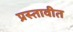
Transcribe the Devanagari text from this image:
प्रस्तावीत